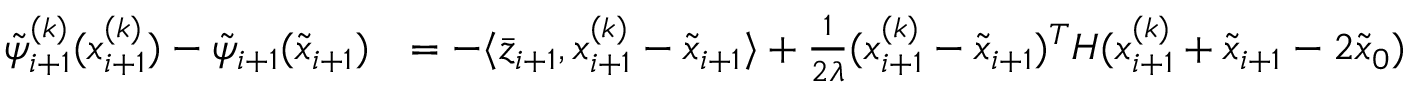
\begin{array} { r l } { \tilde { \psi } _ { i + 1 } ^ { ( k ) } ( x _ { i + 1 } ^ { ( k ) } ) - \tilde { \psi } _ { i + 1 } ( \tilde { x } _ { i + 1 } ) } & { = - \langle \bar { z } _ { i + 1 } , x _ { i + 1 } ^ { ( k ) } - \tilde { x } _ { i + 1 } \rangle + \frac { 1 } { 2 \lambda } ( x _ { i + 1 } ^ { ( k ) } - \tilde { x } _ { i + 1 } ) ^ { T } H ( x _ { i + 1 } ^ { ( k ) } + \tilde { x } _ { i + 1 } - 2 \tilde { x } _ { 0 } ) } \end{array}